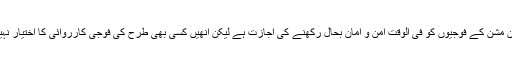
امن مشن کے فوجیوں کو فی الوقت امن و امان بحال رکھنے کی اجازت ہے لیکن انھیں کسی بھی طرح کی فوجی کارروائی کا اختیار نہیں۔